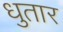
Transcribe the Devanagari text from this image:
धुतार